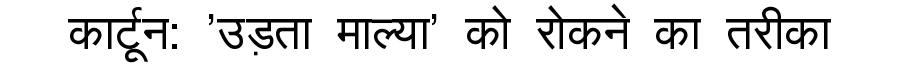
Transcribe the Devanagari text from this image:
कार्टून: 'उड़ता माल्या' को रोकने का तरीका